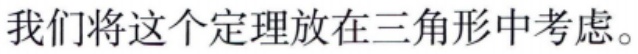
我们将这个定理放在三角形中考虑。